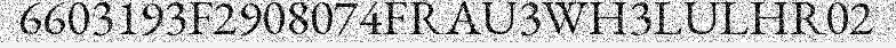
6603193F2908074FRAU3WH3LULHR02